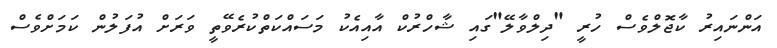
އަންނައިރު ކާޖޮލްވެސް ހުރީ "ދިލްވާލޭ"ގައި ޝާހްރުކް އާއިއެކު މަސައްކަތްކުރެވޭތީ ވަރަށް އުފަލުން ކަމަށްވެސް